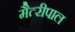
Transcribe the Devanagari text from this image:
मैत्‍रीपाल